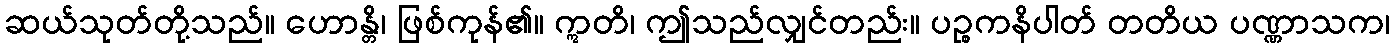
ဆယ်သုတ်တို့သည်။ ဟောန္တိ၊ ဖြစ်ကုန်၏။ ဣတိ၊ ဤသည်လျှင်တည်း။ ပဉ္စကနိပါတ် တတိယ ပဏ္ဏာသက၊